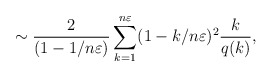
\begin{align*} \sim\frac{2}{(1-1/n\varepsilon)} \sum_{k=1}^{n\varepsilon}(1-k/n\varepsilon)^2 \frac{k}{q(k)},\end{align*}